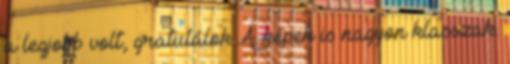
a legjobb volt, gratulálok A képek is nagyon klasszak.